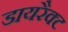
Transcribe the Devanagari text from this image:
डायरैक्ट